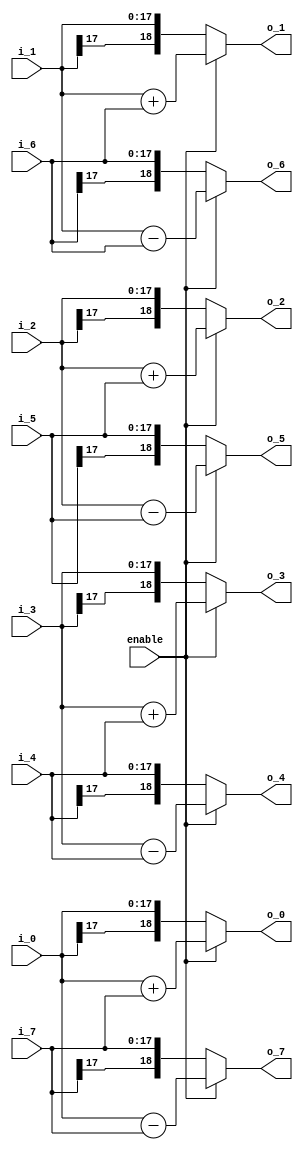
module butterfly1_8(
             enable,
                i_0,
                i_1,
                i_2,
                i_3,
                i_4,
                i_5,
                i_6,
                i_7,
                
                o_0,
                o_1,
                o_2,
                o_3,
                o_4,
                o_5,
                o_6,
                o_7
);

// ****************************************************************
//
//	INPUT / OUTPUT DECLARATION
//
// ****************************************************************                

input             enable;
input signed  [17:0] i_0;
input signed  [17:0] i_1;
input signed  [17:0] i_2;
input signed  [17:0] i_3;
input signed  [17:0] i_4;
input signed  [17:0] i_5;
input signed  [17:0] i_6;
input signed  [17:0] i_7;

output signed [18:0] o_0;
output signed [18:0] o_1;
output signed [18:0] o_2;
output signed [18:0] o_3;
output signed [18:0] o_4;
output signed [18:0] o_5;
output signed [18:0] o_6;
output signed [18:0] o_7;

// ****************************************************************
//
//	WIRE DECLARATION
//
// ****************************************************************

wire  signed [18:0]   b_0;
wire  signed [18:0]   b_1;
wire  signed [18:0]   b_2;
wire  signed [18:0]   b_3;
wire  signed [18:0]   b_4;
wire  signed [18:0]   b_5;
wire  signed [18:0]   b_6;
wire  signed [18:0]   b_7;

// ********************************************
//                                             
//    Combinational Logic                      
//                                             
// ********************************************

assign b_0=i_0+i_7;
assign b_1=i_1+i_6;
assign b_2=i_2+i_5;
assign b_3=i_3+i_4;
assign b_4=i_3-i_4;               
assign b_5=i_2-i_5;
assign b_6=i_1-i_6;               
assign b_7=i_0-i_7;

assign o_0=enable?b_0:i_0;
assign o_1=enable?b_1:i_1;
assign o_2=enable?b_2:i_2;
assign o_3=enable?b_3:i_3;
assign o_4=enable?b_4:i_4;
assign o_5=enable?b_5:i_5;
assign o_6=enable?b_6:i_6;
assign o_7=enable?b_7:i_7;


endmodule